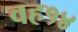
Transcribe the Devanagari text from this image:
वह१४